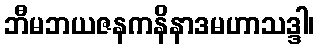
ဘီမဘယဇနကနိနာဒမဟာသဒ္ဒါ၊